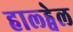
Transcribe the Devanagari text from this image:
हाल्ड्वेल